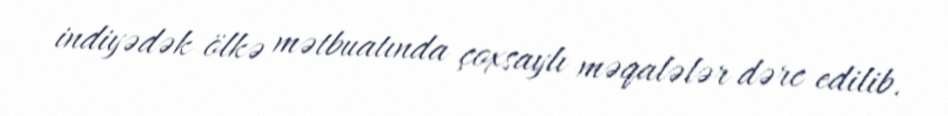
indiyədək ölkə mətbuatında çoxsaylı məqalələr dərc edilib.